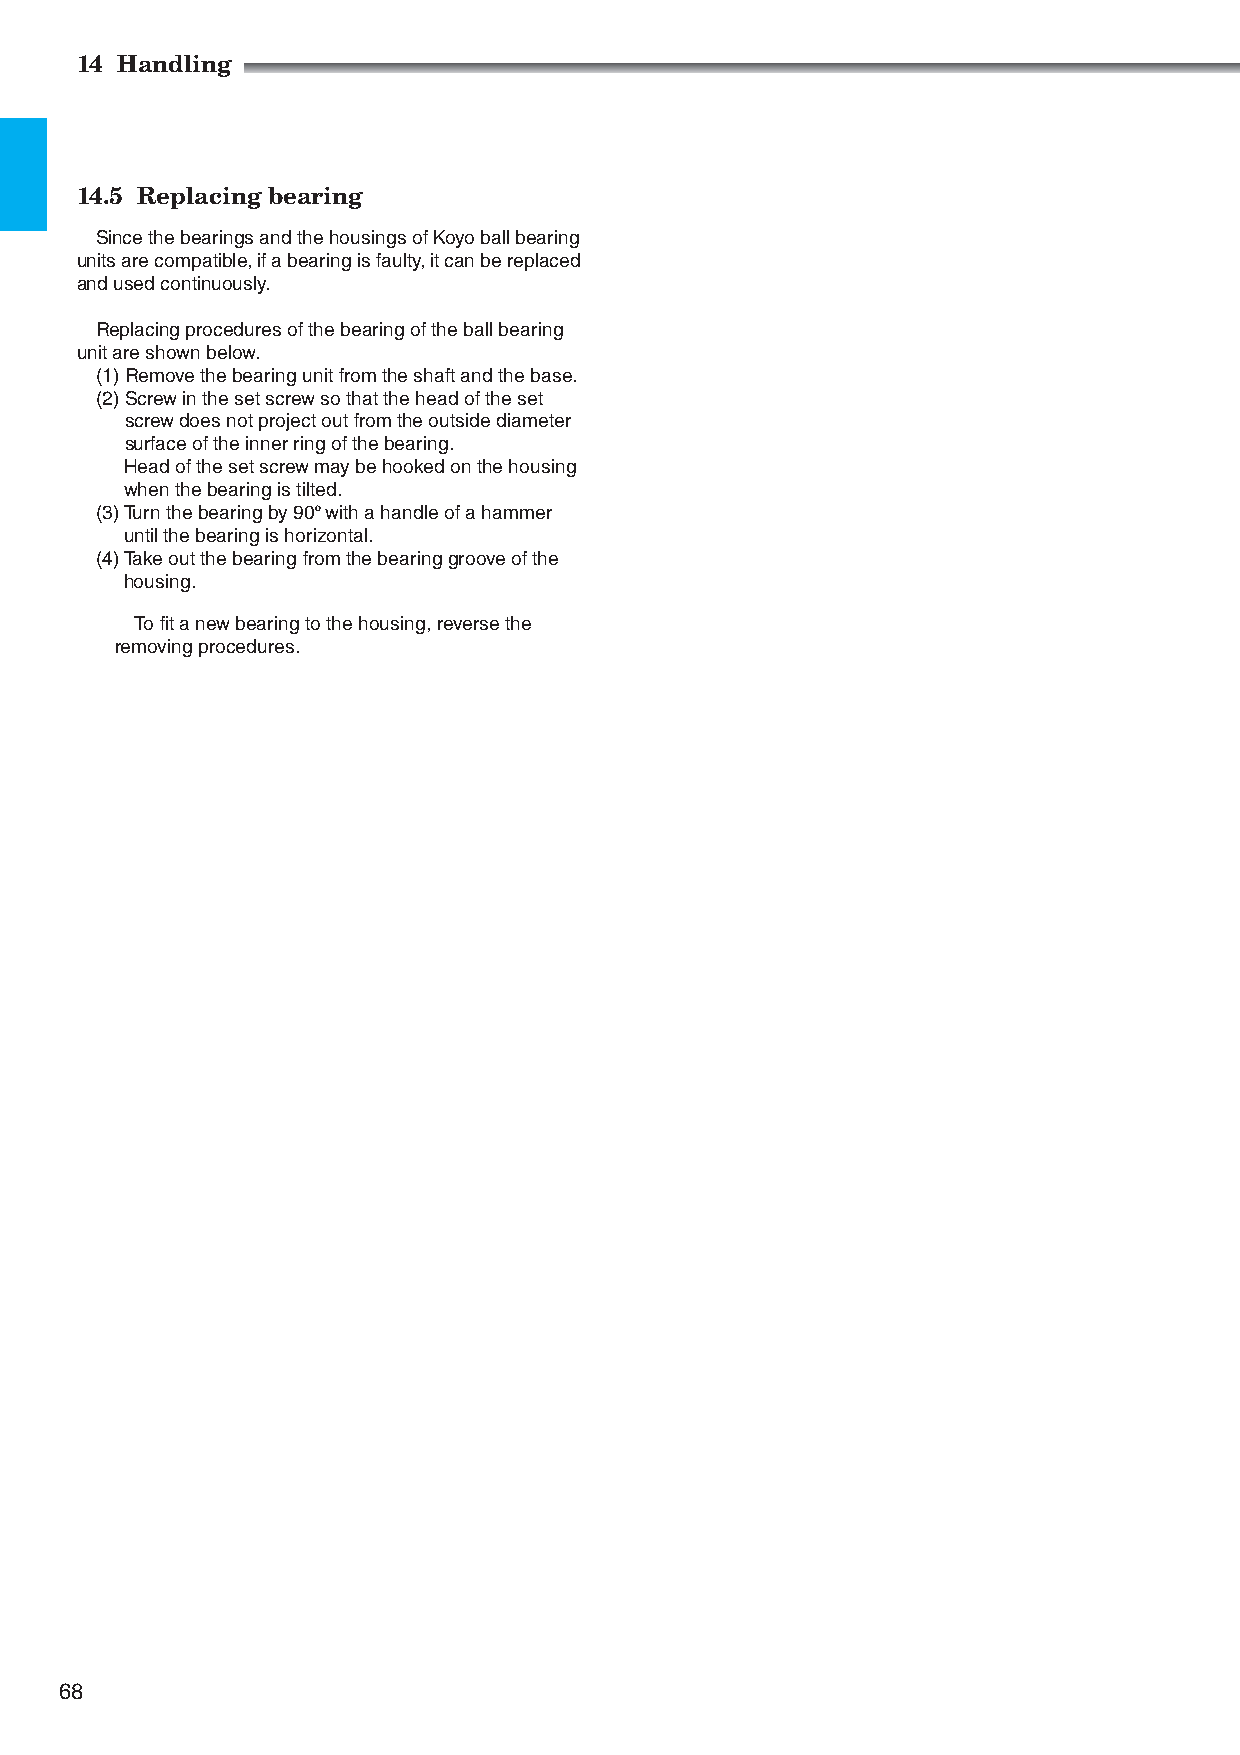
14 Handling
 14.5 Replacing bearing
 Since the bearings and the housings of Koyo ball bearing
 units are compatible, if a bearing is faulty, it can be replaced
 and used continuously.
 Replacing procedures of the bearing of the ball bearing
 unit are shown below.
 (1) Remove the bearing unit from the shaft and the base.
 (2) Screw in the set screw so that the head of the set
 screw does not project out from the outside diameter
 surface of the inner ring of the bearing.
 Head of the set screw may be hooked on the housing
 when the bearing is tilted.
 (3) Turn the bearing by 90º with a handle of a hammer
 until the bearing is horizontal.
 (4) Take out the bearing from the bearing groove of the
 housing.
 To fit a new bearing to the housing, reverse the
 removing procedures.
 68